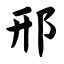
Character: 邢